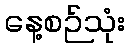
နေ့စဉ်သုံး